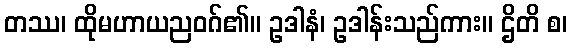
တဿ၊ ထိုမဟာယညဝဂ်၏။ ဥဒါနံ၊ ဥဒါန်းသည်ကား။ ဌိတိ စ၊